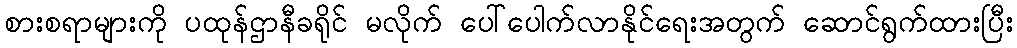
စားစရာများကို ပထုန်ဌာနီခရိုင် မလိုက် ပေါ်ပေါက်လာနိုင်ရေးအတွက် ဆောင်ရွက်ထားပြီး